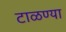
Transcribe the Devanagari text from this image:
टाळण्या